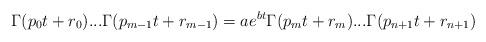
LaTeX: \begin{align*} \Gamma(p_0t+r_0)...\Gamma(p_{m-1}t+r_{m-1})=ae^{bt}\Gamma(p_{m}t+r_{m})...\Gamma(p_{n+1}t+r_{n+1}) \end{align*}